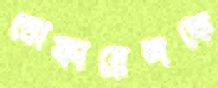
তোফায়েলকে